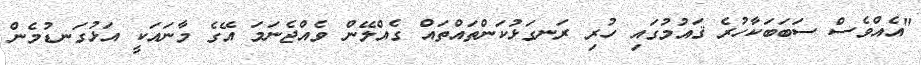
"އެއްވެސް ސަބަބަކާހުރެ ޤައުމުގައި ހުރި ރަނގަޅުކަންތައްތައް ގެއްލޭން ވެއްޖެނަމަ އޭގެ މާނައަކީ އަޅުގަނޑުމެން